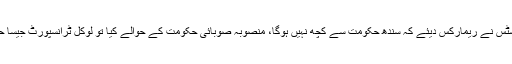
چیف جسٹس نے ریمارکس دیئے کہ سندھ حکومت سے کچھ نہیں ہوگا، منصوبہ صوبائی حکومت کے حوالے کیا تو لوکل ٹرانسپورٹ جیسا حال ہوگا۔